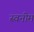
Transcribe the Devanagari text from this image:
स्वनीम